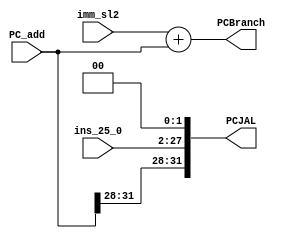
module PCcal(PC_add,ins_25_0,imm_sl2,PCBranch,PCJAL);
input [31:0] PC_add;
input [25:0] ins_25_0;
input [17:0] imm_sl2;
output reg [31:0] PCBranch;
output reg [31:0] PCJAL;

always @(PC_add or ins_25_0 or imm_sl2)
begin
	PCBranch=imm_sl2+PC_add;
	PCJAL={PC_add[31:28],ins_25_0,2'b00};
end
endmodule